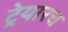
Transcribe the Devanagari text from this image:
ट्रेयारच